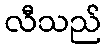
လီသည်